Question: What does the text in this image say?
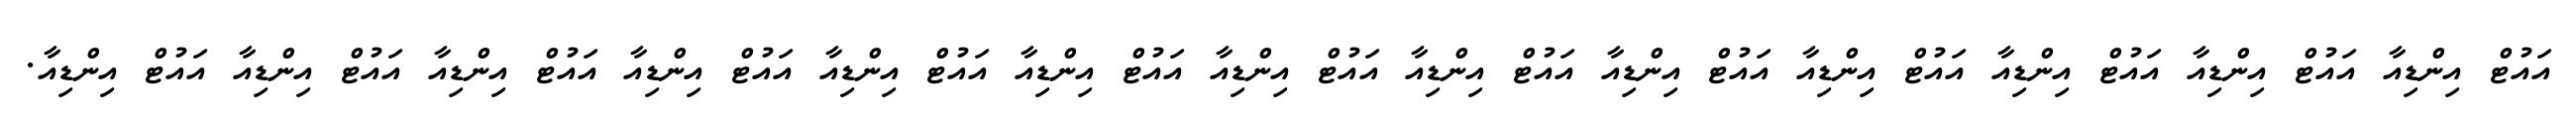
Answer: އައުޓް އިންޑިއާ އައުޓް އިންޑިއާ އައުޓް އިންޑިއާ އައުޓް އިންޑިއާ އައުޓް އިންޑިއާ އައުޓް އިންޑިއާ އައުޓް އިންޑިއާ އައުޓް އިންޑިއާ އައުޓް އިންޑިއާ އައުޓް އިންޑިއާ އައުޓް އިންޑިއާ އައުޓް އިންޑިއާ އައުޓް އިންޑިއާ.